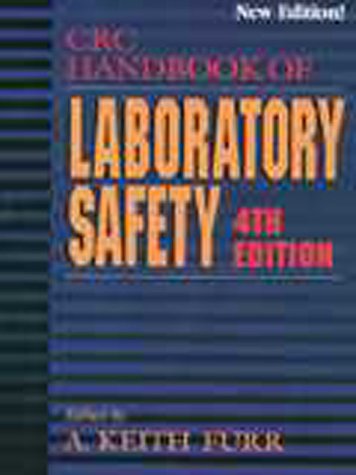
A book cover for CRC Handbook of Laboratory Safety, 4th Edition; A. Keith Furr; Science & Math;